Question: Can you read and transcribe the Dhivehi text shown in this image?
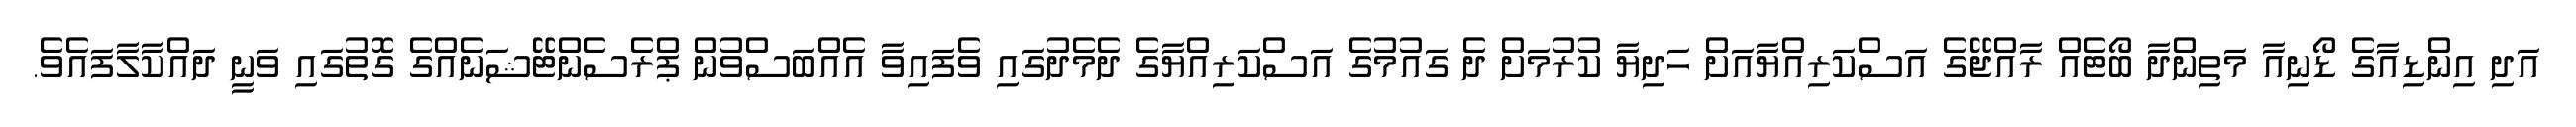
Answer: އަދި އިންޑިއާގެ ޑޯނިއާ މަތިންދާ ބޯޓެއް ރާއްޖޭގެ އަސްކަރިއްޔާއަށް ހަދިޔާ ކުރުމަށް ދެ ގައުމުގެ އަސްކަރިއްޔާގެ ދެމެދުގައި ވެފައިވާ އެއްބަސްވުން ޕްރެސެންޓޭޝަނެއްގެ ގޮތުގައި ވަނީ ދައްކާލާފައެވެ.